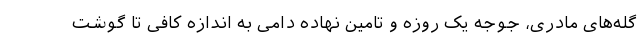
گله‌های مادری، جوجه یک روزه و تامین نهاده دامی به اندازه کافی تا گوشت